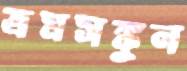
ভ্রমসঙ্কুল